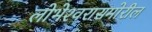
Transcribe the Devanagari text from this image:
लोभेश्‍वरासमोरील